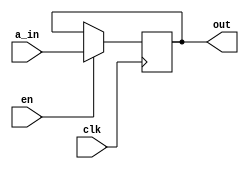
`timescale 1ns / 1ps

module accumulator_reg# (parameter WIDTH=32) (input signed [WIDTH-1:0] a_in, input clk, input en, output reg signed [WIDTH-1:0] out);

	always @(posedge clk) begin
		if(en)
			out <= a_in;
   end
	
	
endmodule